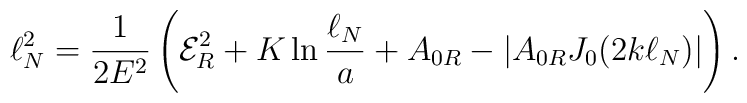
\ell_N^2=\frac{1}{2E^2} \left ( {\cal E}^2_R + K \ln \frac{\ell_N}{a}  + A_{0R} - |A_{0R}J_0( 2k \ell_N )|  \right ).